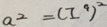
a ^ { 2 } = ( I ^ { 9 } ) ^ { 2 }